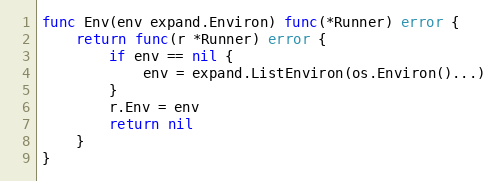
Language: Go
func Env(env expand.Environ) func(*Runner) error {
	return func(r *Runner) error {
		if env == nil {
			env = expand.ListEnviron(os.Environ()...)
		}
		r.Env = env
		return nil
	}
}